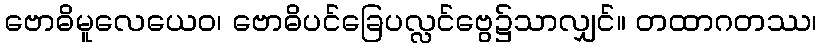
ဗောဓိမူလေယေဝ၊ ဗောဓိပင်ခြေပလ္လင်ဗွေ၌သာလျှင်။ တထာဂတဿ၊